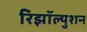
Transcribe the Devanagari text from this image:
रिझॉल्युशन